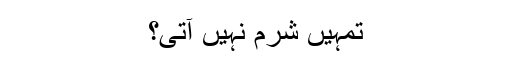
تمہیں شرم نہیں آتی؟